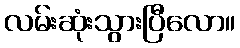
လမ်းဆုံးသွားပြီလော။